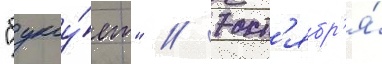
"буксу́ет" // 7 окт'ябр'я́